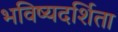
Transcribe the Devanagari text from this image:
भविष्यदर्शिता